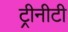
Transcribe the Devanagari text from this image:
ट्रीनीटी